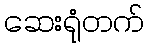
ဆေးရုံတက်